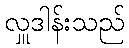
လှူဒါန်းသည်